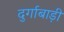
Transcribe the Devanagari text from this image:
दुर्गाबाड़ी